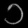
Digit: ၁